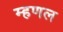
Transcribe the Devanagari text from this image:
म्‍हणल